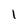
Character: I